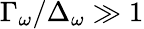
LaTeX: \Gamma_{\omega}/\Delta_{\omega}\gg 1